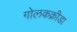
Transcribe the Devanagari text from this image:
गोलकक्रीडा